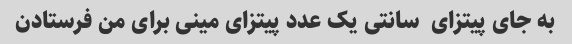
به جای پیتزای  سانتی یک عدد پیتزای مینی برای من فرستادن